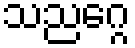
သညဂ္ဂေ